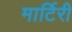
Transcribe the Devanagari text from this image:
मार्टिरी